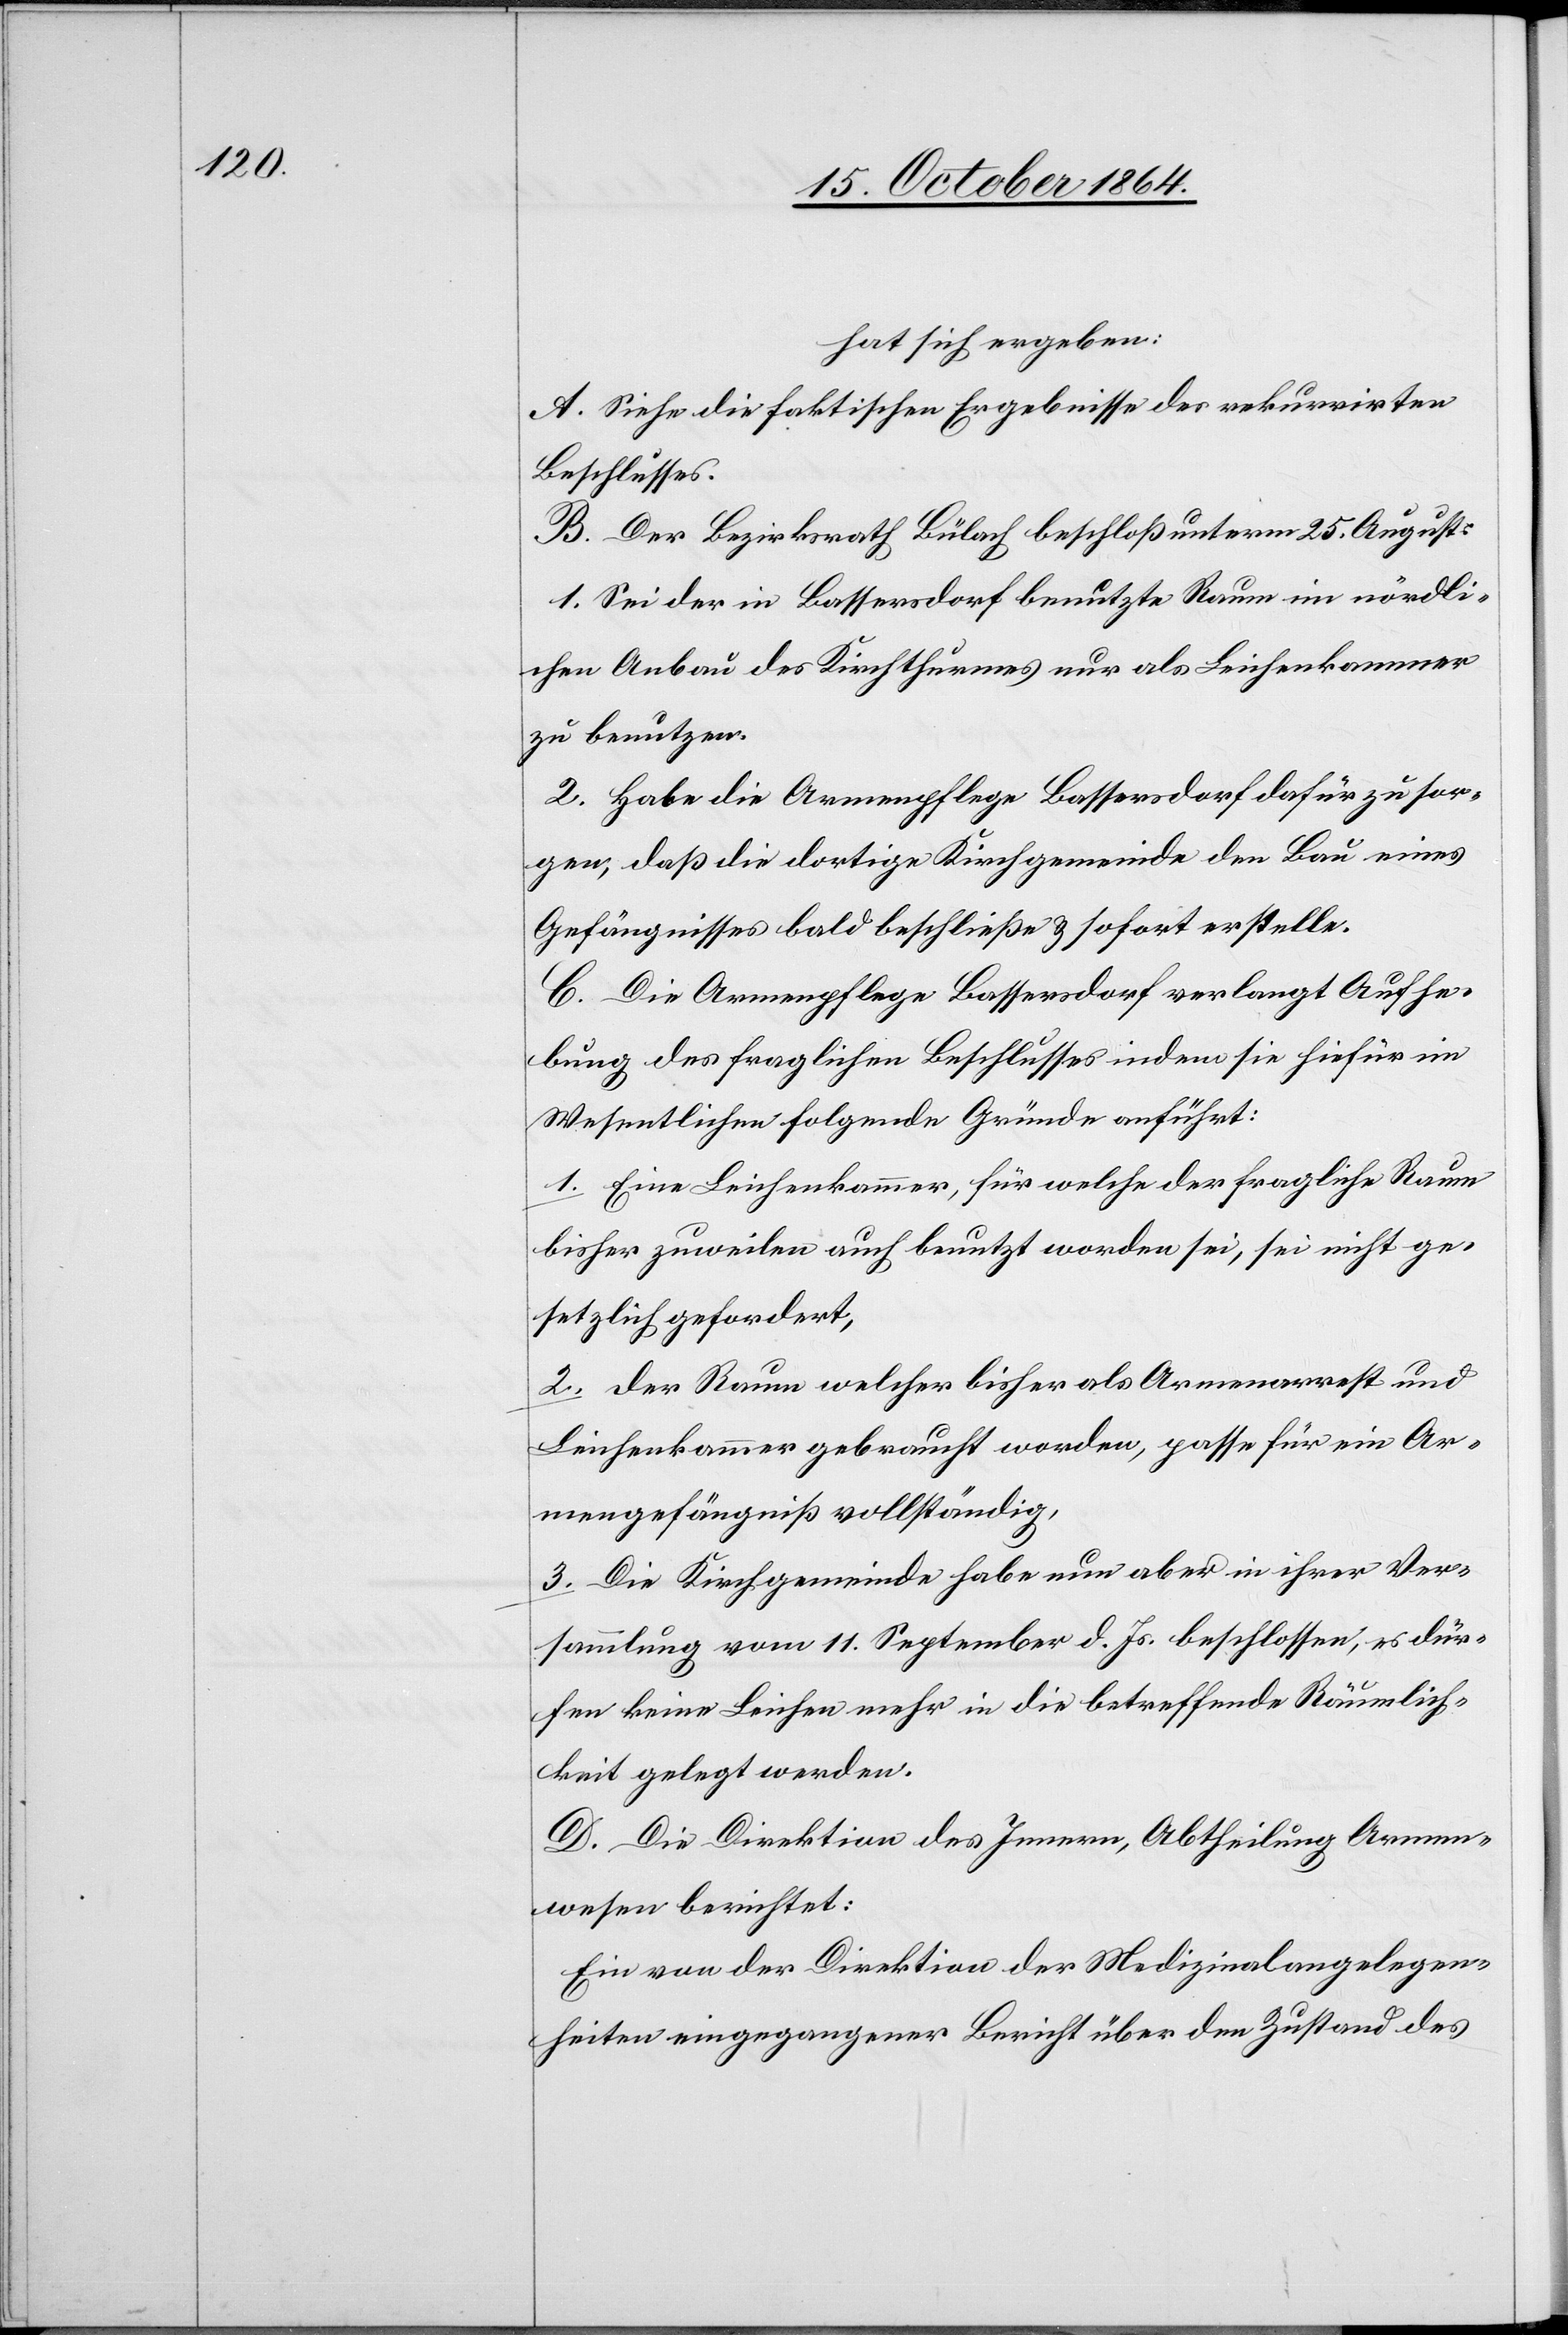
hat sich ergeben:
A. Siehe die faktischen Ergebnisse des rekurrirten
Beschlusses.
B. Der Bezirksrath Bülach beschloß unterm 25. August:
1. Sei der in Bassersdorf benutzte Raum im nördli¬
chen Anbau des Kirchthurmes nur als Leichenkammer
zu benützen.
2. Habe die Armenpflege Bassersdorf dafür zu sor¬
gen, daß die dortige Kirchgemeinde den Bau eines
Gefängnisses bald beschließe & sofort erstelle.
C. Die Armenpflege Bassersdorf verlangt Aufhe¬
bung des fraglichen Beschlusses indem sie hiefür im
Wesentlichen folgende Gründe anführt:
1. Eine Leichenkammer, für welche der fragliche Raum
bisher zuweilen auch benutzt worden sei, sei nicht ge¬
setzlich gefordert,
2. Der Raum welcher bisher als Armenarrest und
Leichenkammer gebraucht worden, passe für ein Ar¬
mengefängniß vollständig,
3. Die Kirchgemeinde habe nun aber in ihrer Ver¬
sammlung vom 11. September d. Js. beschlossen, es dür¬
fen keine Leichen mehr in die betreffende Räumlich¬
keit gelegt werden.
D. Die Direktion des Innern, Abtheilung Armen¬
wesen berichtet:
Ein von der Direktion der Medizinalangelegen¬
heiten eingegangener Bericht über den Zustand des